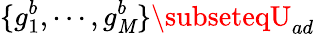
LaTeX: \{ g_{1}^{b},\cdots,g_{\mathit{M}}^{b}\} \subseteqU_{ad}